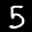
Label: 5